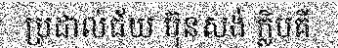
ប្រដាល់ជ័យ ប៊ុនសង់ ក្លិបគី